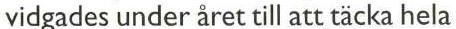
vidgades under året till att täcka hela